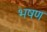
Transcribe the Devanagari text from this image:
भषण